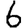
Digit: 6